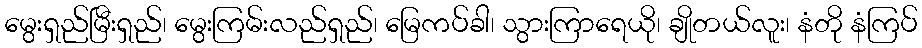
မွေးရှည်မြီးရှည်၊ မွေးကြမ်းလည်ရှည်၊ မြေကပ်ခါ၊ သွားကြာရေယို၊ ချိုတယ်လူး၊ နံတို နံကြပ်